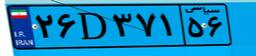
۶۴D۵۶۱۰۸